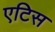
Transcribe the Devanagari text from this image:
एटिस